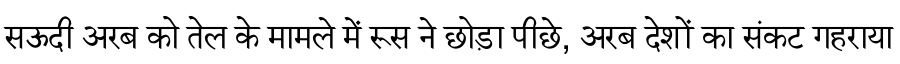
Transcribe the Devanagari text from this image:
सऊदी अरब को तेल के मामले में रूस ने छोड़ा पीछे, अरब देशों का संकट गहराया